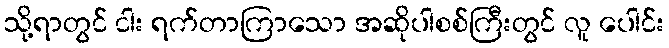
သို့ရာတွင် ငါး ရက်တာကြာသော အဆိုပါစစ်ကြီးတွင် လူ ပေါင်း